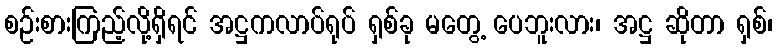
စဉ်းစားကြည့်လို့ရှိရင် အဋ္ဌကလာပ်ရုပ် ရှစ်ခု မတွေ့ ပေဘူးလား၊ အဋ္ဌ ဆိုတာ ရှစ်၊